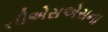
સીએસએસના